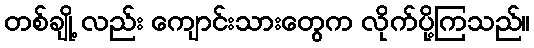
တစ်ချို့ လည်း ကျောင်းသားတွေက လိုက်ပို့ကြသည်။